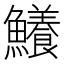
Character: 鱶